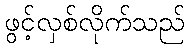
ဖွင့်လှစ်လိုက်သည်